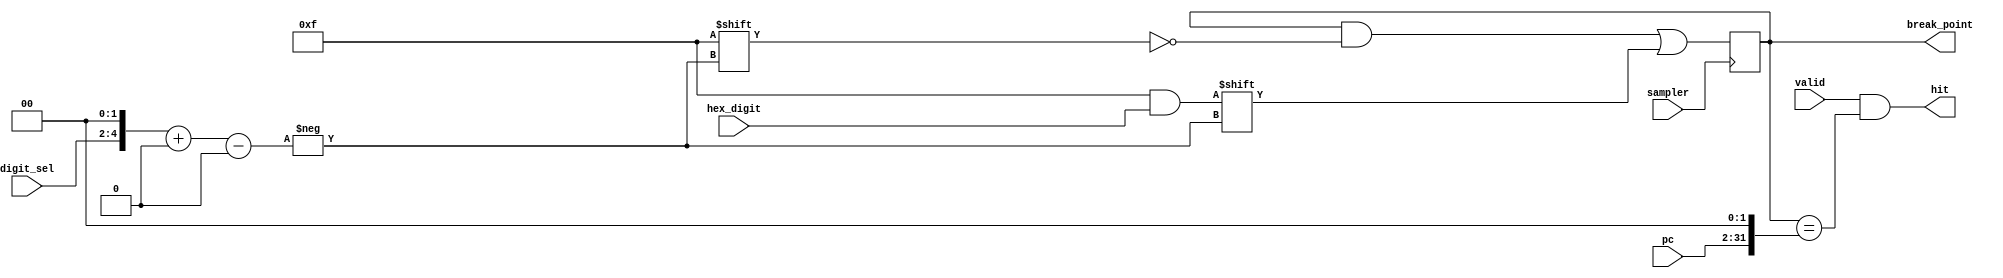
//
// This file defines Breakpoint module,
// which provide a hardware-level single
// break point support.
//

`timescale 1ns / 1ps

module Breakpoint (
    input valid,                // indicate whether the hit is taken.
    input sampler,              // drive the updating of break point
    input [2:0] digit_sel,      // select a digit to write in a 4-word address.
    input [3:0] hex_digit,      // hexadecimal digit to write.
    input [29:0] pc,            // the program counter to be compared, 4B-aligned.
    output [31:0] break_point,
    output hit
);

reg [31:0] bp_pc;

assign break_point = bp_pc;
assign hit = valid & (bp_pc == { pc, 2'b00 });

wire [4:0] bit_offset = { digit_sel, 2'b00 };

always @(posedge sampler) begin
    bp_pc[ bit_offset +: 4 ] <=  hex_digit;
end

endmodule